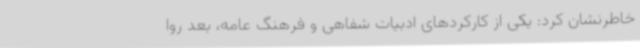
خاطرنشان کرد: یکی از کارکردهای ادبیات شفاهی و فرهنگ عامه، بعد روا